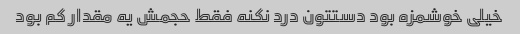
خیلی خوشمزه بود دستتون درد نکنه فقط حجمش یه مقدار کم بود